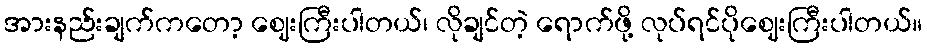
အားနည်းချက်ကတော့ ဈေးကြီးပါတယ်၊ လိုချင်တဲ့ ရောက်ဖို့ လုပ်ရင်ပိုဈေးကြီးပါတယ်။